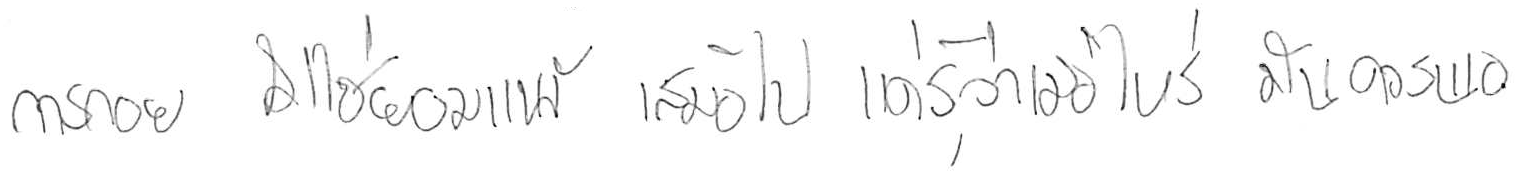
การถอย ไม่ใช่ยอมแพ้ เสมอไป แค่รู้ว่าเมื่อไหร่ มันควรพอ